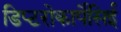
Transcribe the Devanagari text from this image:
डिप्टरोकार्पेसिई